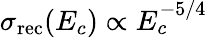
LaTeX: \sigma_{\mathrm{rec}}(E_{c})\propto E_{c}^{-5/4}